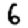
Digit: 6